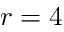
r = 4